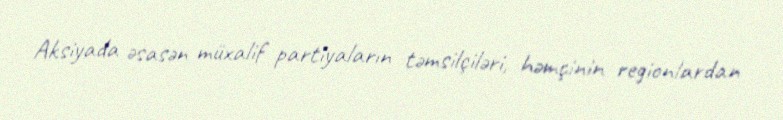
Aksiyada əsasən müxalif partiyaların təmsilçiləri, həmçinin regionlardan